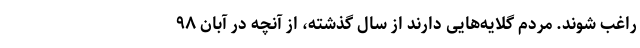
راغب شوند. مردم گلایه‌هایی دارند از سال گذشته، از آنچه در آبان ۹۸